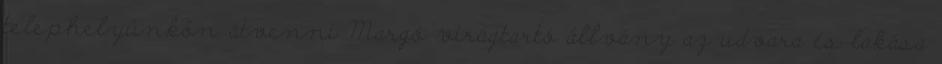
telephelyünkön átvenni Margó virágtartó állvány az udvara és lakása